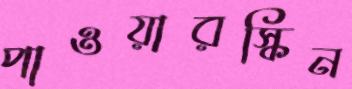
পাওয়ারস্কিন